Indian journal of veterinary science and animal husbandry - Volume 13,
Year: 1943
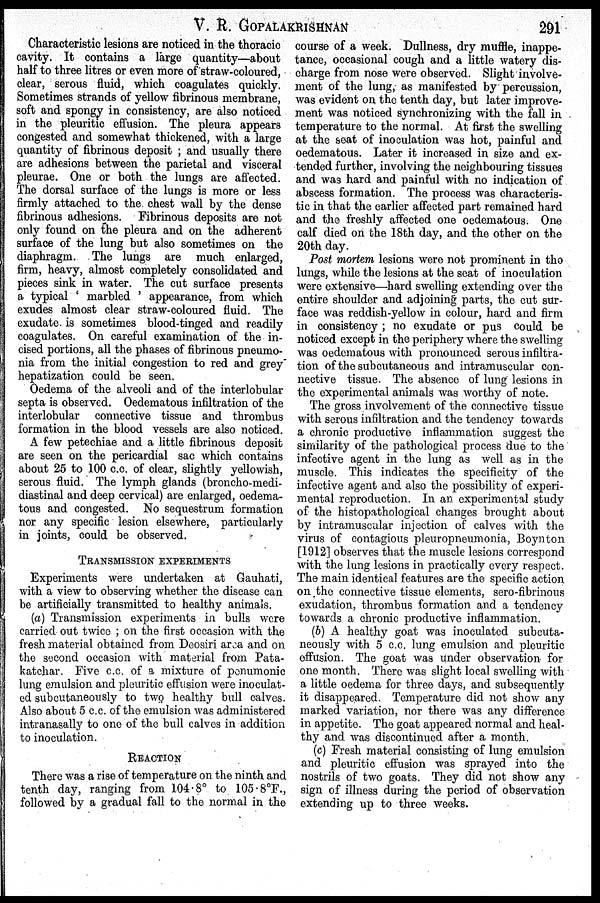
V. R. GOPALAKRISHNAN
291
Characteristic lesions are noticed in the thoracic
cavity. It contains a large quantity—about
half to three litres or even more of straw-coloured,
clear, serous fluid, which coagulates quickly.
Sometimes strands of yellow fibrinous membrane,
soft and spongy in consistency, are also noticed
in the pleuritic effusion. The pleura appears
congested and somewhat thickened, with a large
quantity of fibrinous deposit; and usually there
are adhesions between the parietal and visceral
pleurae. One or both the lungs are affected.
The dorsal surface of the lungs is more or less
firmly attached to the chest wall by the dense
fibrinous adhesions. Fibrinous deposits are not
only found on the pleura and on the adherent
surface of the lung but also sometimes on the
diaphragm. The lungs are much enlarged,
firm, heavy, almost completely consolidated and
pieces sink in water. The cut surface presents
a typical ' marbled ' appearance, from which
exudes almost clear straw-coloured fluid. The
exudate is sometimes blood-tinged and readily
coagulates. On careful examination of the in-
cised portions, all the phases of fibrinous pneumo-
nia from the initial congestion to red and grey"
hepatization could be seen.
Oedema of the alveoli and of the interlobular
septa is observed. Oedematous infiltration of the
interlobular connective tissue and thrombus
formation in the blood vessels are also noticed.
A few petechiae and a little fibrinous deposit
are seen on the pericardial sac which contains
about 25 to 100 c.c. of clear, slightly yellowish,
serous fluid. The lymph glands (broncho-medi-
diastinal and deep cervical) are enlarged, oedema-
tous and congested. No sequestrum formation
nor any specific lesion elsewhere, particularly
in joints, could be observed.
TRANSMISSION EXPERIMENTS
Experiments were undertaken at Gauhati,
with a view to observing whether the disease can
be artificially transmitted to healthy animals.
(a) Transmission experiments in bulls were
carried out twice; on the first occasion with the
fresh material obtained from Deosiri area and on
the second occasion with material from Pata-
katchar. Five c.c. of a mixture of penumonic
lung emulsion and pleuritic effusion were inoculat-
ed subcutaneously to two healthy bull calves.
Also about 5 c.c. of the emulsion was administered
intranasally to one of the bull calves in addition
to inoculation.
REACTION
There was a rise of temperature on the ninth and
tenth day, ranging from 104.8° to 105.8°F.,
followed by a gradual fall to the normal in the
course of a week. Dullness, dry muffle, inappe-
tance, occasional cough and a little watery dis-
charge from nose were observed. Slight involve-
ment of the lung, as manifested by percussion,
was evident on the tenth day, but later improve-
ment was noticed synchronizing with the fall in
temperature to the normal. At first the swelling
at the seat of inoculation was hot, painful and
oedematous. Later it increased in size and ex-
tended further, involving the neighbouring tissues
and was hard and painful with no indication of
abscess formation. The process was characteris-
tic in that the earlier affected part remained hard
and the freshly affected one oedematous. One
calf died on the 18th day, and the other on the
20th day.
Post mortem lesions were not prominent in the
lungs, while the lesions at the seat of inoculation
were extensive—hard swelling extending over the
entire shoulder and adjoining parts, the cut sur-
face was reddish-yellow in colour, hard and firm
in consistency; no exudate or pus could be
noticed except in the periphery where the swelling
was oedematous with pronounced serous infiltra-
tion of the subcutaneous and intramuscular con-
nective tissue. The absence of lung lesions in
the experimental animals was worthy of note.
The gross involvement of the connective tissue
with serous infiltration and the tendency towards
a chronic productive inflammation suggest the
similarity of the pathological process due to the
infective agent in the lung as well as in the
muscle. This indicates the specificity of the
infective agent and also the possibility of experi-
mental reproduction. In an experimental study
of the histopathological changes brought about
by intramuscular injection of calves with the
virus of contagious pleuropneumonia, Boynton
[1912] observes that the muscle lesions correspond
with the lung lesions in practically every respect.
The main identical features are the specific action
on the connective tissue elements, sero-fibrinous
exudation, thrombus formation and a tendency
towards a chronic productive inflammation.
(b) A healthy goat was inoculated subcuta-
neously with 5 c.c. lung emulsion and pleuritic
effusion. The goat was under observation for
one month. There was slight local swelling with
a little oedema for three days, and subsequently
it disappeared. Temperature did not show any
marked variation, nor there was any difference
in appetite. The goat appeared normal and heal-
thy and was discontinued after a month.
(c) Fresh material consisting of lung emulsion
and pleuritic effusion was sprayed into the
nostrils of two goats. They did not show any
sign of illness during the period of observation
extending up to three weeks.